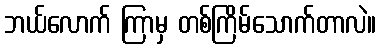
ဘယ်လောက် ကြာမှ တစ်ကြိမ်သောက်တာလဲ။